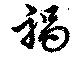
禍